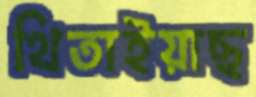
থিতাইয়াছ